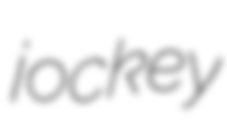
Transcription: jockey